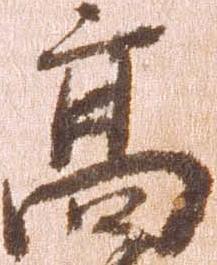
高